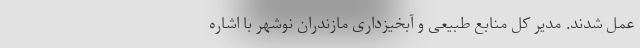
عمل شدند. مدیر کل منابع طبیعی و آبخیزداری مازندران نوشهر با اشاره